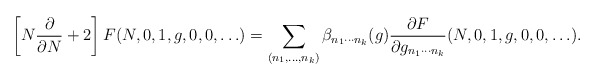
\begin{align*}\left[ N\frac{\partial}{\partial N} + 2 \right] F(N,0,1,g,0,0,\ldots) = \sum_{(n_1,\ldots,n_k)} \beta_{n_1\cdots n_k}(g) \frac{\partial F}{\partial g_{n_1\cdots n_k}}(N,0,1,g,0,0,\ldots). \end{align*}